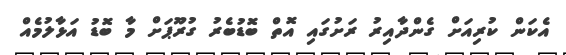
އެކަން ކުރިއަށް ގެންދާއިރު ރަށުގައި އޮތް ބޮޑުބެރު ގުރޫޕަށް މާ ބޮޑު އަޅާލުމެއް